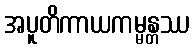
အပူတိကာယကမ္မန္တဿ